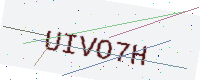
Text: UIVO7H